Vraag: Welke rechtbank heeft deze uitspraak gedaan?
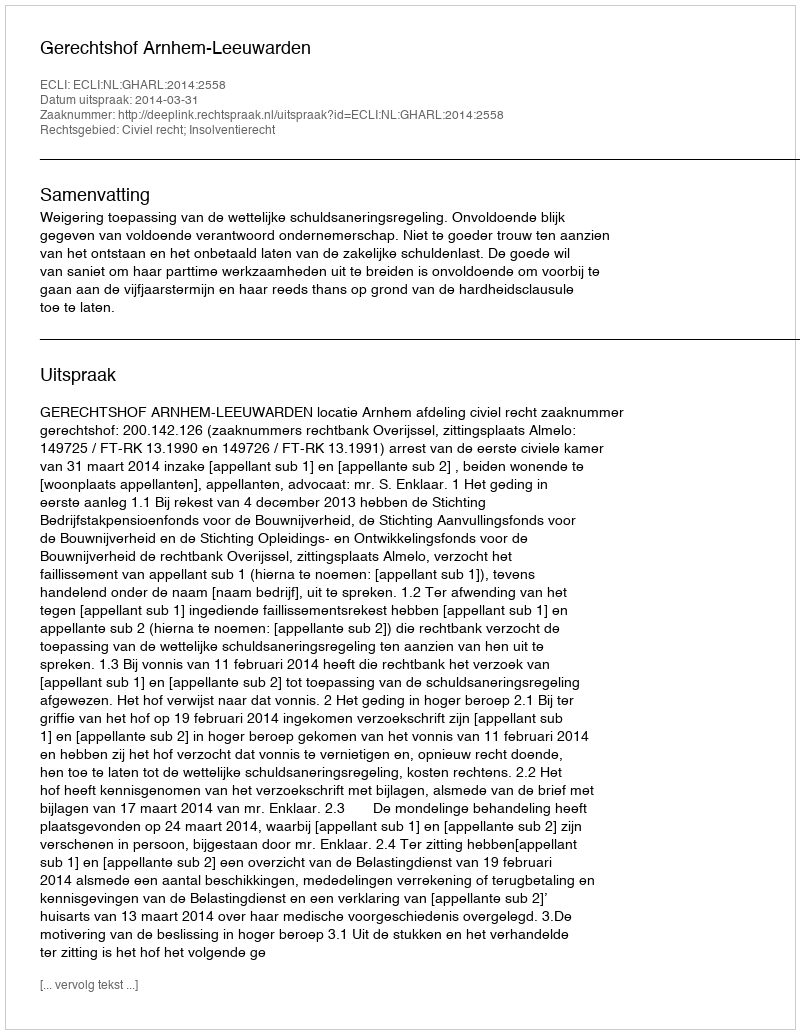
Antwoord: Gerechtshof Arnhem-Leeuwarden